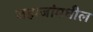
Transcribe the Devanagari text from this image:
जहाजांमधील